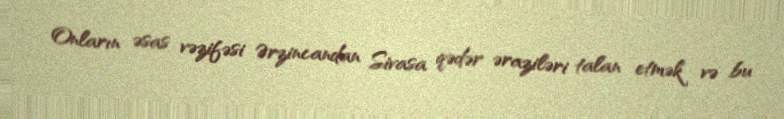
Onların əsas vəzifəsi Ərzincandan Sivasa qədər əraziləri talan etmək və bu